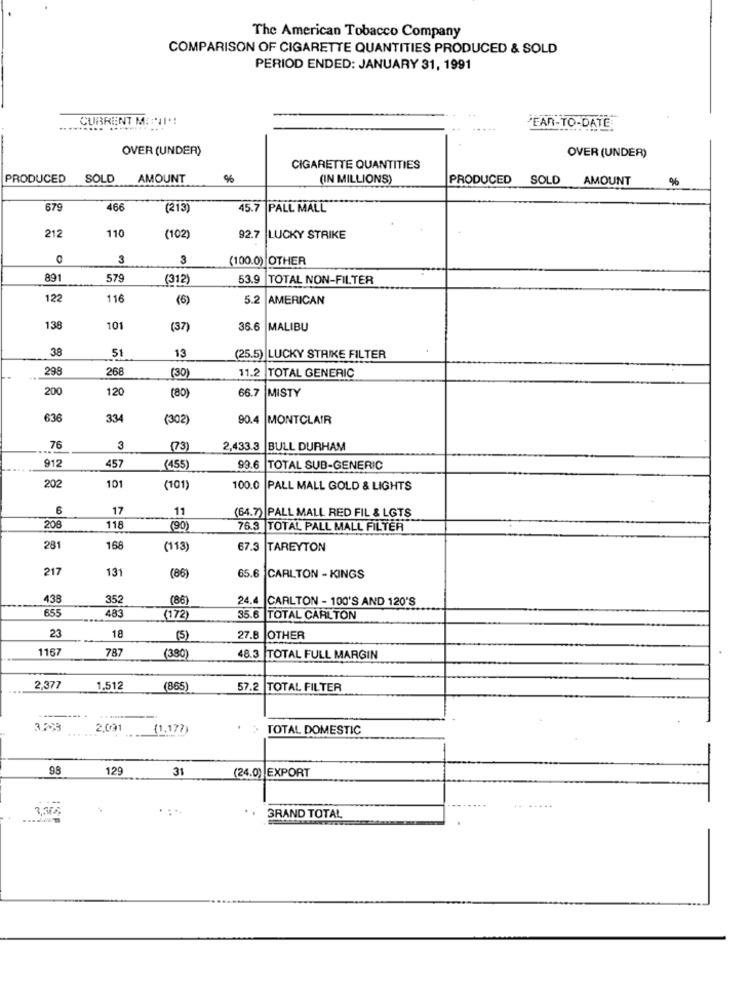
The American Tobacco Company
COMPARISON OF CIGARETTE QUANTITIES PRODUCED & SOLD
PERIOD ENDED: JANUARY 31, 1991
CURRENT MINI'!
EAN-TO-DATE
OVER (UNDER)
OVER (UNDER)
CIGARETTE QUANTITIES
PRODUCED
SOLD
AMOUNT
%
(IN MILLIONS)
PRODUCED SOLD
AMOUNT
%
679
466
(213)
45.7 PALL MALL
212
110
(102)
92.7 LUCKY STRIKE
3
(100.0) OTHER
891
579
(312)
53.9
TOTAL NON-FILTER
122
116
(6)
5.
AMERICAN
138
101
(37)
36.6
MALIBU
38
51
13
(25.5) LUCKY STRIKE FILTER
298
268
(30)
11.2
TOTAL GENERIC
200
120
66.7 MISTY
(80)
636
334
(302)
90.4 MONTCLAIR
76
3
(73)
2,433.3
BULL DURHAM
912
457
(455)
99.6 TOTAL SUB-GENERIC
202
101
(101)
100.0
PALL MALL GOLD & LIGHTS
6
17
11
(64.7) |PALL MALL RED FIL & LGTS
208
118
(90)
76.3 TOTAL PALL MALL FILTER
281
168
(113)
67.3
TAREYTON
217
131
(86)
65.6 CARLTON - KINGS
438
352
(86)
24.4
CARLTON - 100'S AND 120'S
655
483
(172)
35.6
TOTAL CARLTON
23
18
(5)
27.8
OTHER
1167
787
48.3
(380)
TOTAL FULL MARGIN
2,377
1,512
(865)
2 TOTAL FILTER
2,091
(1,177)
TOTAL DOMESTIC
98
129
31
(24.0) |EXPORT
.....
. GRAND TOTAL